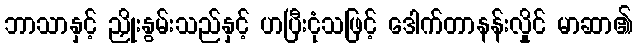
ဘာသာနှင့် ညှိုးနွမ်းသည်နှင့် ဟပြီးငုံသဖြင့် ဒေါက်တာနန်းလှိုင် မာဆာ၏